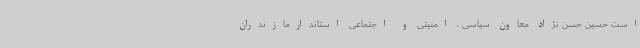
است حسین حسن نژاد معاون سیاسی ، امنیتی و اجتماعی استاندارمازندران